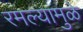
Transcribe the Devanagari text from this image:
रमल्यामुळे